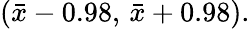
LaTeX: ({\bar{x}}-0.98,\, {\bar{x}}+0.98).